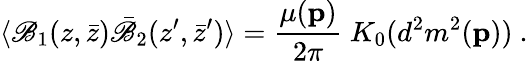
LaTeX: \langle\mathscr{B}_{1}(z,\bar{{z}})\bar{{\mathscr{B}}}_{2}(z^{\prime},\bar{{z}}^{\prime})\rangle={\frac{{\mu({\mathbf{p}})}}{{2\pi}}}~K_{0}(d^{2}m^{2}({\mathbf{p}}))~.